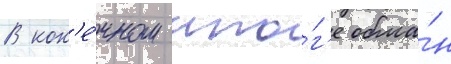
В кон'е́чном ито́г'е обма́н